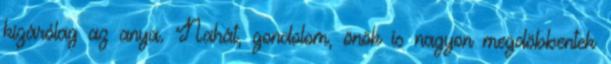
kizárólag az anya. Nahát, gondolom, önök is nagyon megdöbbentek